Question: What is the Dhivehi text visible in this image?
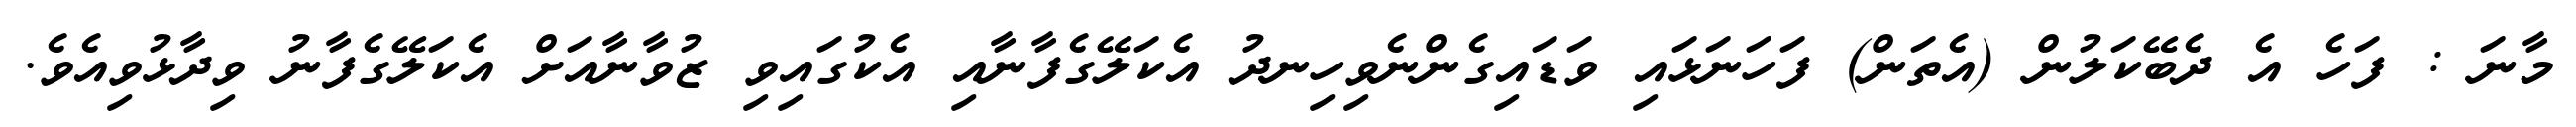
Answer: މާނަ : ފަހެ އެ ދެބޭކަލުން (އެތަން) ފަހަނަޅައި ވަޑައިގެންނެވިހިނދު އެކަލޭގެފާނާއި އެކުގައިވި ޒުވާނާއަށް އެކަލޭގެފާނު ވިދާޅުވިއެވެ.